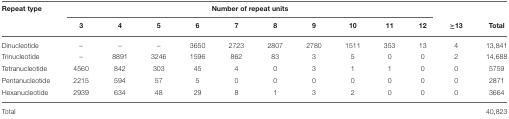
<table><thead><tr><td><b>Repeat type</b></td><td colspan="10"><b>Number of repeat units</b></td><td></td><td></td></tr><tr><td></td><td><b>3</b></td><td><b>4</b></td><td><b>5</b></td><td><b>6</b></td><td><b>7</b></td><td><b>8</b></td><td><b>9</b></td><td><b>10</b></td><td><b>11</b></td><td><b>12</b></td><td><b>≥13</b></td><td><b>Total</b></td></tr></thead><tbody><tr><td>Dinucleotide</td><td>–</td><td>–</td><td>–</td><td>3650</td><td>2723</td><td>2807</td><td>2780</td><td>1511</td><td>353</td><td>13</td><td>4</td><td>13,841</td></tr><tr><td>Trinucleotide</td><td>–</td><td>8891</td><td>3246</td><td>1596</td><td>862</td><td>83</td><td>3</td><td>5</td><td>0</td><td>0</td><td>2</td><td>14,688</td></tr><tr><td>Tetranucleotide</td><td>4560</td><td>842</td><td>303</td><td>45</td><td>4</td><td>0</td><td>3</td><td>1</td><td>1</td><td>0</td><td>0</td><td>5759</td></tr><tr><td>Pentanucleotide</td><td>2215</td><td>594</td><td>57</td><td>5</td><td>0</td><td>0</td><td>0</td><td>0</td><td>0</td><td>0</td><td>0</td><td>2871</td></tr><tr><td>Hexanucleotide</td><td>2939</td><td>634</td><td>48</td><td>29</td><td>8</td><td>1</td><td>3</td><td>2</td><td>0</td><td>0</td><td>0</td><td>3664</td></tr><tr><td>Total</td><td></td><td></td><td></td><td></td><td></td><td></td><td></td><td></td><td></td><td></td><td></td><td>40,823</td></tr></tbody></table>